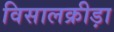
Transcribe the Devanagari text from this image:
विसालक्रीड़ा